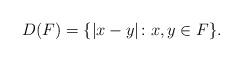
LaTeX: \begin{align*}D(F)=\{|x-y|\colon x,y\in F\}.\end{align*}